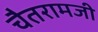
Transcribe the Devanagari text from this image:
चैतरामजी